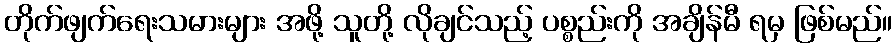
တိုက်ဖျက်ရေးသမားများ အဖို့ သူတို့ လိုချင်သည့် ပစ္စည်းကို အချိန်မီ ရမှ ဖြစ်မည်။